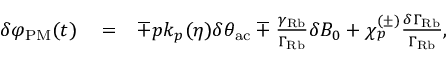
\begin{array} { r l r } { \delta \varphi _ { \mathrm { P M } } ( t ) } & { { } = } & { \mp p k _ { p } ( \eta ) \delta \theta _ { \mathrm { a c } } \mp \frac { \gamma _ { \mathrm { R b } } } { \Gamma _ { \mathrm { R b } } } \delta B _ { 0 } + \chi _ { p } ^ { ( \pm ) } \frac { \delta \Gamma _ { \mathrm { R b } } } { \Gamma _ { \mathrm { R b } } } , } \end{array}